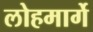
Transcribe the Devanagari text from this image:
लोहमार्गे